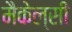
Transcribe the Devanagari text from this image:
मैकेल्सी